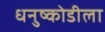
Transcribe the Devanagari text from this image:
धनुष्कोडीला